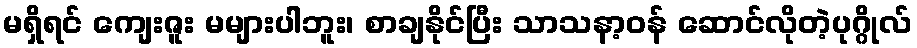
မရှိရင် ကျေးဇူး မများပါဘူး၊ စာချနိုင်ပြီး သာသနာ့ဝန် ဆောင်လိုတဲ့ပုဂ္ဂိုလ်